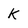
Character: K